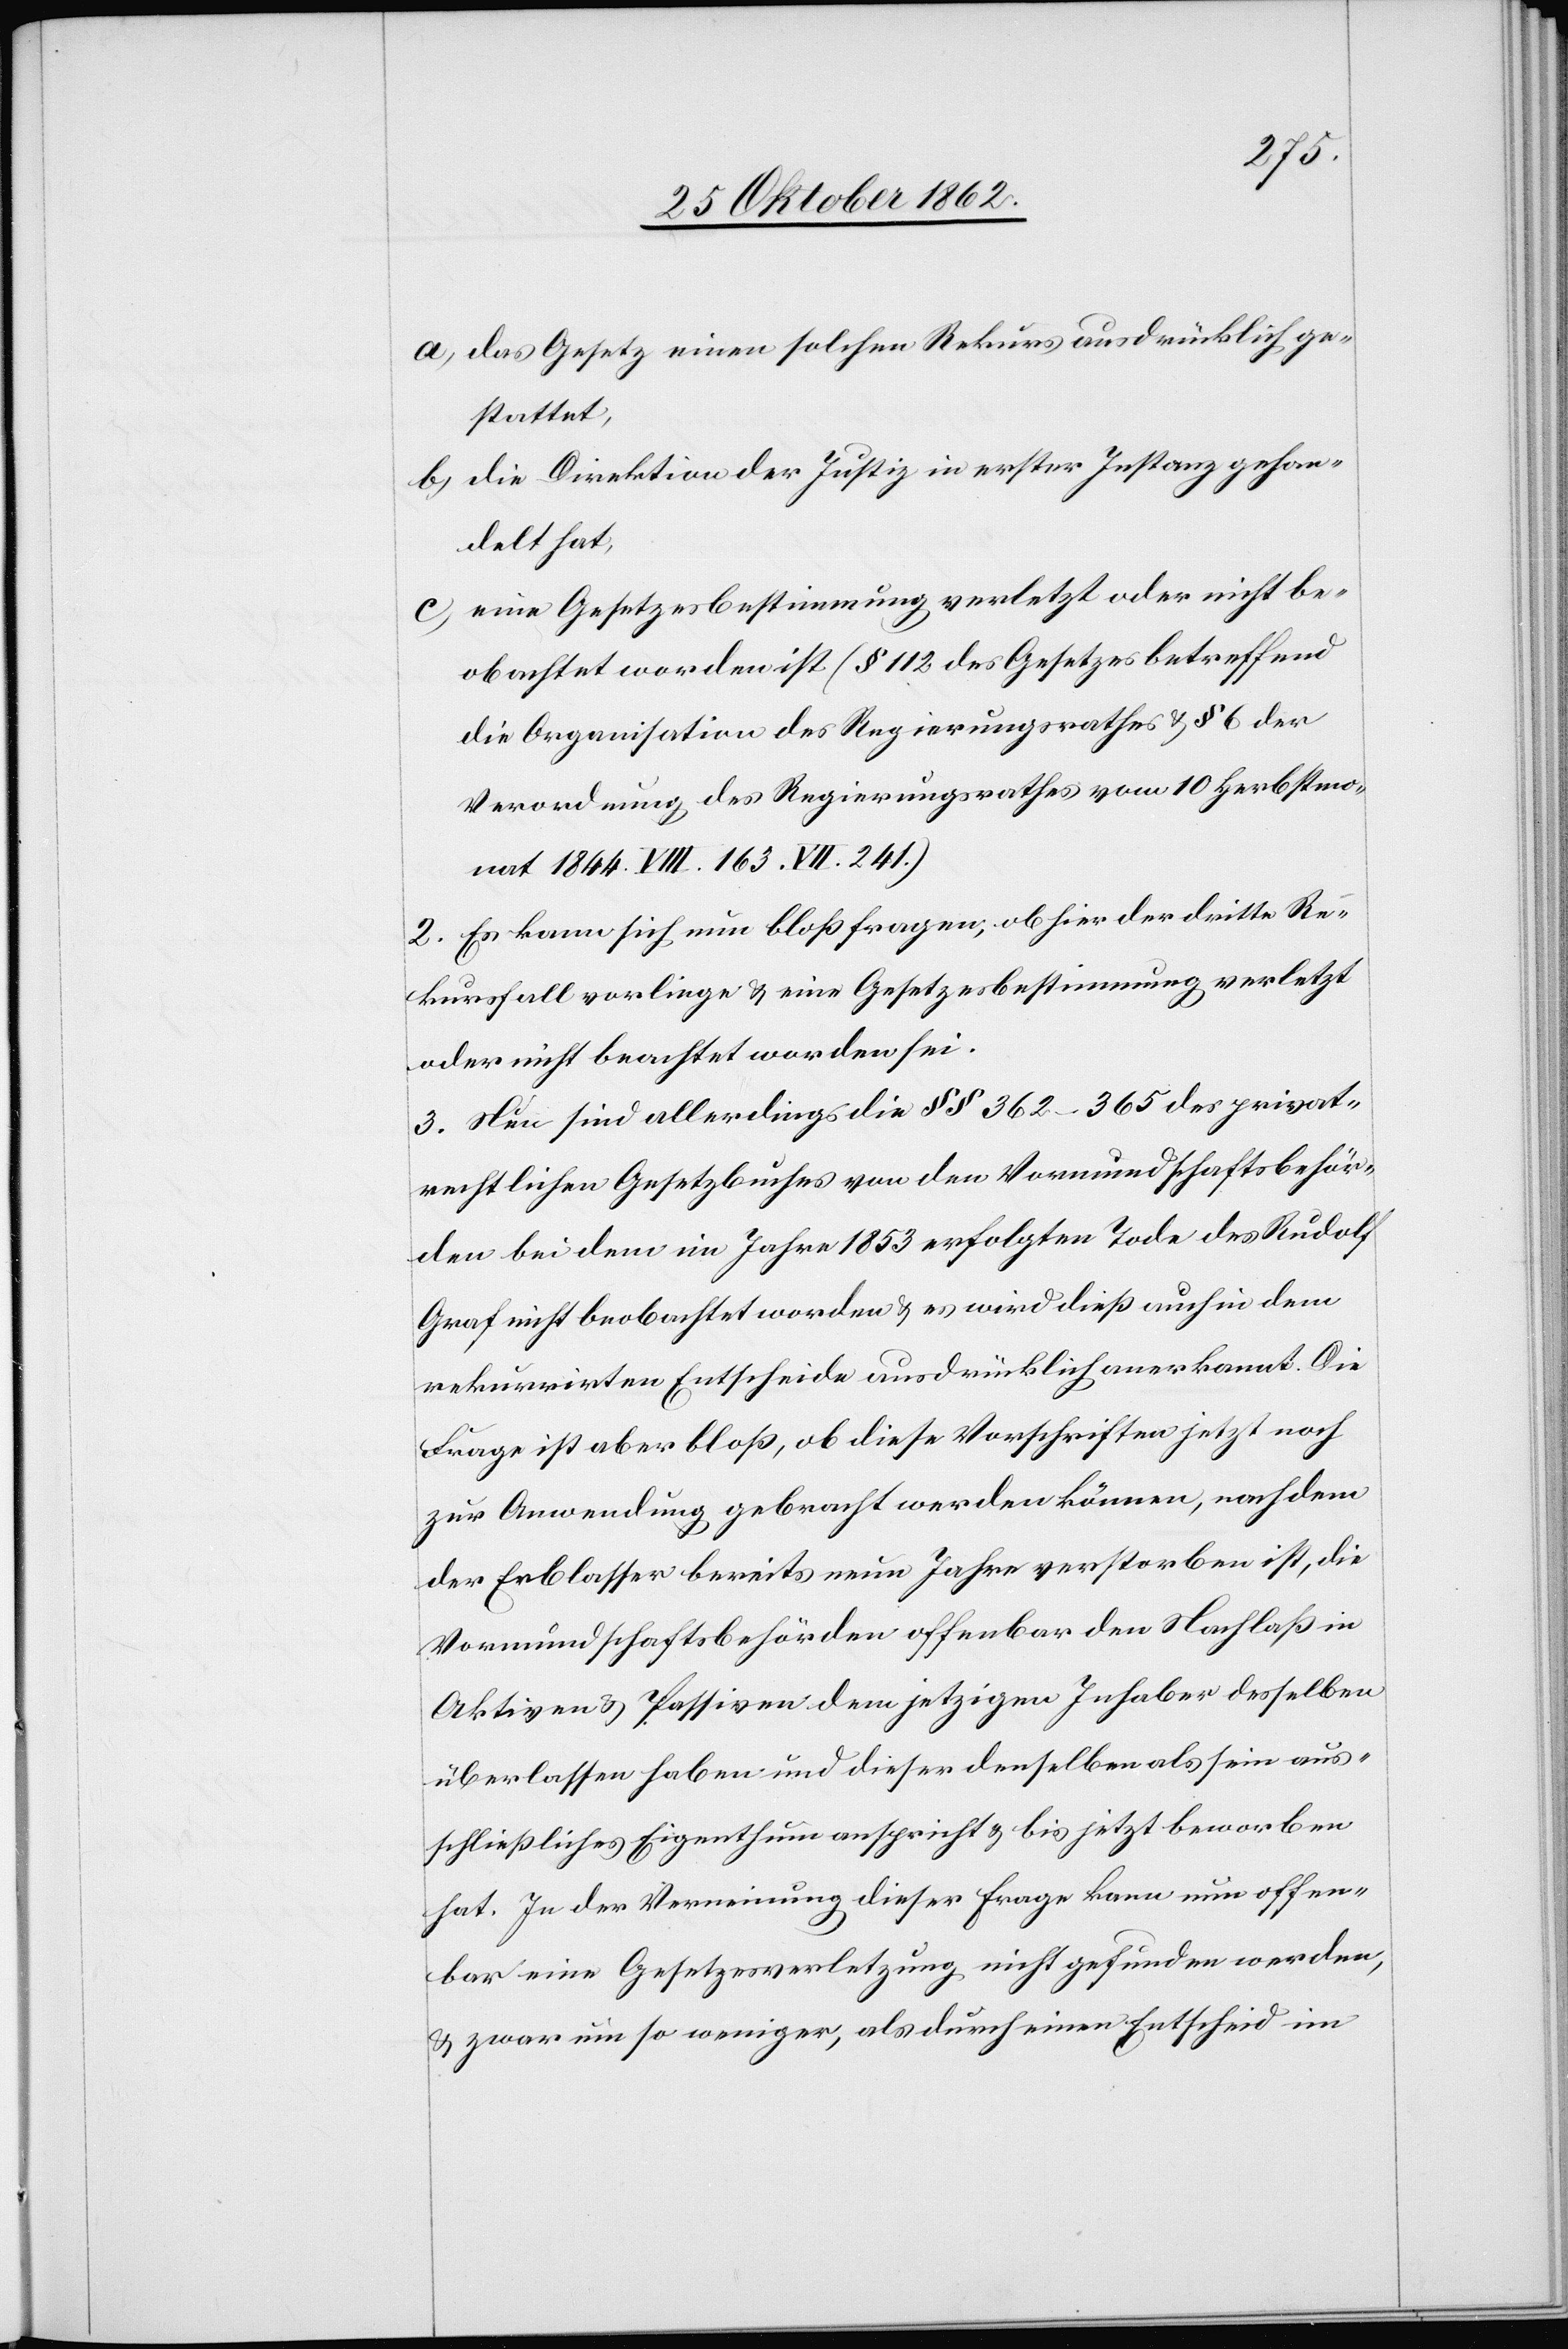
a) das Gesetz einen solchen Rekurs ausdrücklich ge¬
stattet,
b) die Direktion der Justiz in erster Instanz gehan¬
delt hat,
c) Eine Gesetzesbestimmung verletzt oder nicht be¬
obachtet worden ist (§ 112 des Gesetzes betreffend
die Organisation des Regierungsrathes u. § 6 der
Verordnung des Regierungsrathes vom 10. Herbstmo¬
nat 1844 VIII. 163 VII. 241.)
2. Es kann sich nun bloß fragen, ob hier der dritte Re¬
kursfall vorliege u. eine Gesetzesbestimmung verletzt
oder nicht beachtet worden sei.
3. Nun sind allerdings die §§ 362–365 des privat¬
rechtlichen Gesetzbuches von den Vormundschaftsbehör¬
den bei dem im Jahre 1853 erfolgten Tode des Rudolf
Graf nicht beobachtet worden u. es wird dieß auch in dem
rekurrirten Entscheide ausdrücklich anerkannt. Die
Frage ist aber bloß, ob diese Vorschriften jetzt noch
zur Anwendung gebracht werden können, nachdem
der Erblasser neun Jahre verstorben ist, die
Vormundschaftsbehörden offenbar den Nachlaß in
Aktiven u. Passiven dem jetzigen Inhaber desselben
überlassen haben und dieser denselben als sein aus¬
schließliches Eigenthum anspricht u. bis jetzt beworben
hat. In der Verneinung dieser Frage kann nun offen¬
bar eine Gesetzesverletzung nicht gefunden werden,
u. zwar um so weniger, als durch einen Entscheid im